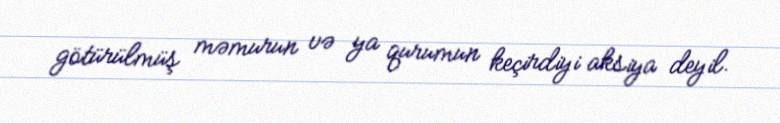
götürülmüş məmurun və ya qurumun keçirdiyi aksiya deyil.